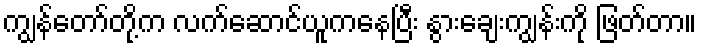
ကျွန်တော်တို့က လက်ဆောင်ယူကနေပြီး နွားချေးကျွန်းကို ဖြတ်တာ။